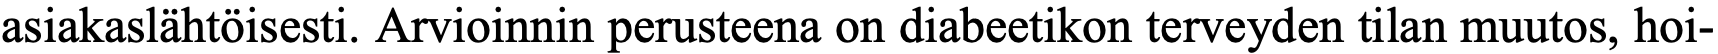
asiakaslähtöisesti. Arvioinnin perusteena on diabeetikon terveyden tilan muutos, hoi-